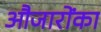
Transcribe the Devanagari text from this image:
औजारोंका